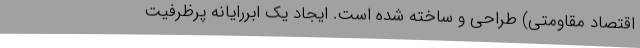
اقتصاد مقاومتی) طراحی و ساخته شده است. ایجاد یک ابررایانه پرظرفیت